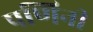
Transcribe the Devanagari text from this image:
पणिनी